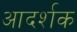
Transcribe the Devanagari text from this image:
आदर्शक